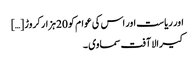
اور ریاست اور اس کی عوام کو 20ہزار کروڑ […]
کیرالا آفت سماوی ۔